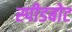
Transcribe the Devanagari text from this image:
स्‍पीडबोट